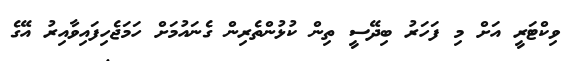
ވިކްޓަރީ އަށް މި ފަހަރު ބިދޭސީ ތިން ކުޅުންތެރިން ގެނައުމަށް ހަމަޖެހިފައިވާއިރު އޭގެ